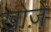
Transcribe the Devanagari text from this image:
खोज़े